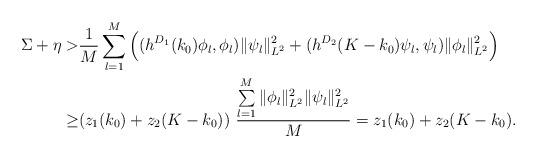
LaTeX: \begin{align*}\Sigma+\eta > &\frac{1}{M}\sum\limits_{l=1}^M\Big((h^{D_1}(k_0)\phi_l,\phi_l) \|\psi_l\|_{L^2}^2+(h^{D_2}(K-k_0)\psi_l,\psi_l) \|\phi_l\|_{L^2}^2\Big)\\\ge & (z_1(k_0) +z_2(K-k_0)) \,\, \frac{\sum\limits_{l=1}^M \|\phi_l\|_{L^2}^2 \|\psi_l\|_{L^2}^2 }{M}=z_1(k_0) +z_2(K-k_0).\end{align*}